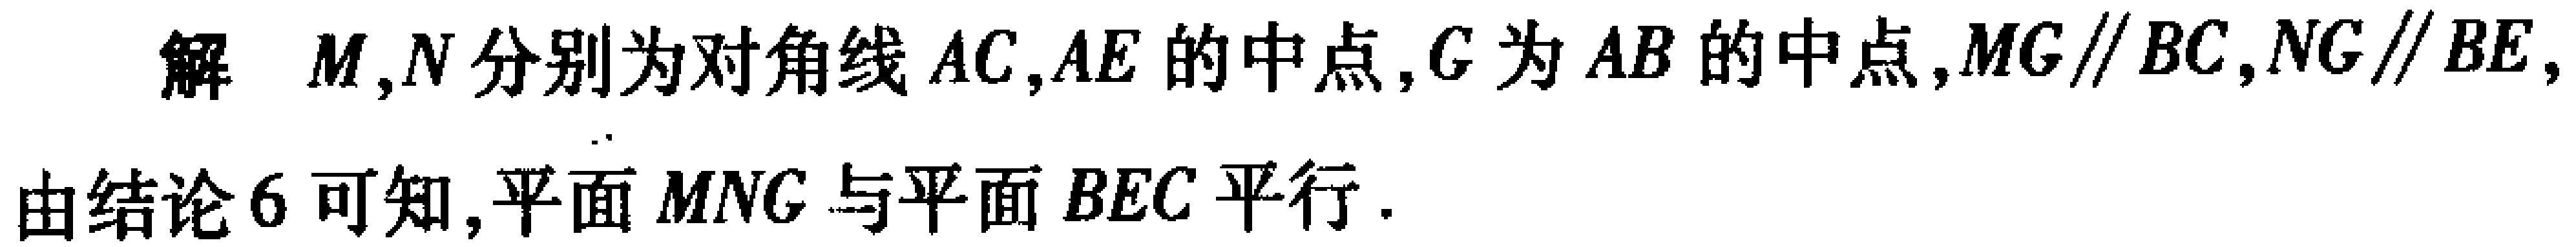
解 \(M,N\) 分别为对角线 \(AC,AE\) 的中点, \(G\) 为 \(AB\) 的中点, \(MG\parallel BC,NG\parallel BE,\)

由结论 \(6\) 可知,平面 \(MNG\) 与平面 \(BEC\) 平行.